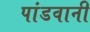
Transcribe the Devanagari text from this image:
पांडवानी